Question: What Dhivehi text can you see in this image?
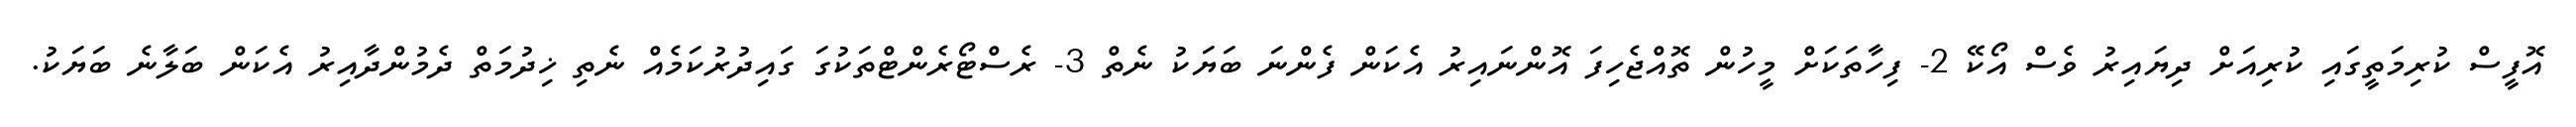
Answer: އޮފީސް ކުރިމަތީގައި ކުރިއަށް ދިޔައިރު ވެސް އޯކޭ 2- ފިހާތަކަށް މީހުން ތޮއްޖެހިފަ އޮންނައިރު އެކަން ފެންނަ ބަޔަކު ނެތް 3- ރެސްޓޯރެންޓްތަކުގަ ގައިދުރުކަމެއް ނެތި ޚިދުމަތް ދެމުންދާއިރު އެކަން ބަލާނެ ބަޔަކު.